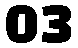
03